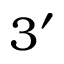
3 ^ { \prime }